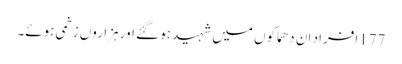
177افراد ان دھماکوں میں شہید ہو گئے اور ہزاروں زخمی ہوئے۔